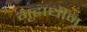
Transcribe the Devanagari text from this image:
गृहाधीन